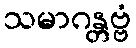
သမာဂန္တဗ္ဗံ